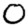
Digit: 0